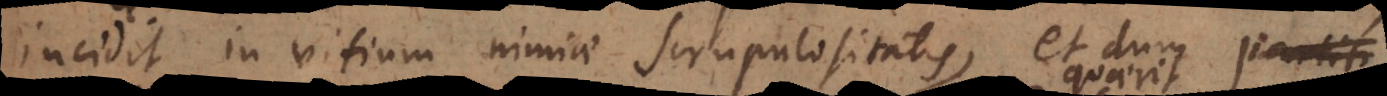
incidit in vitium nimiae scrupulositatis, et dum partiti